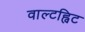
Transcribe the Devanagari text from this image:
वाल्टह्विट